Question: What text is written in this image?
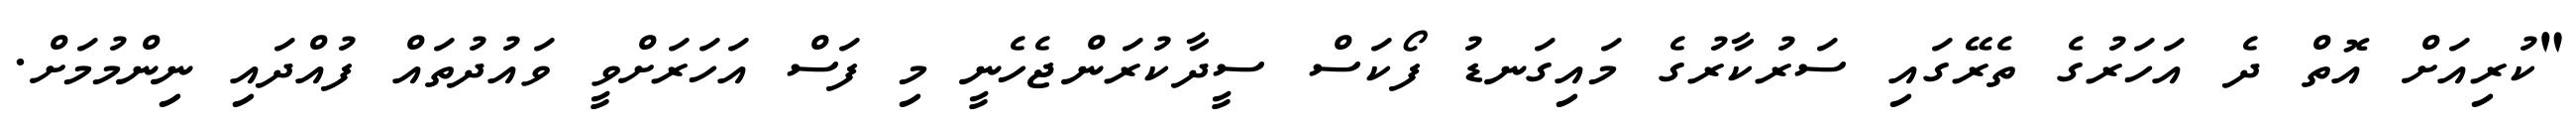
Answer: "ކުރިއަށް އޮތް ދެ އަހަރުގެ ތެރޭގައި ސަރުކާރުގެ މައިގަނޑު ފޯކަސް ސީދާކުރަންޖެހެނީ މި ފަސް އަހަރަށްވީ ވައުދުތައް ފުއްދައި ނިންމުމަށް.